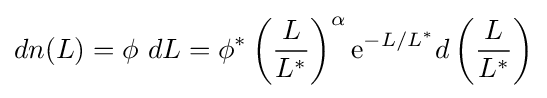
dn(L)=\phi ~dL=\phi ^{*}\left({\frac {L}{L^{*}}}\right)^{\alpha }\mathrm {e} ^{-L/L^{*}}d\left({\frac {L}{L^{*}}}\right)